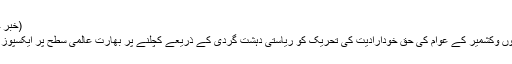
(خبر جاری ہے)
ریاست جموں وکشمیر کے عوام کی حق خودارادیت کی تحریک کو ریاستی دہشت گردی کے ذریعے کچلنے پر بھارت عالمی سطح پر ایکسپوز ہوچکا ہے۔